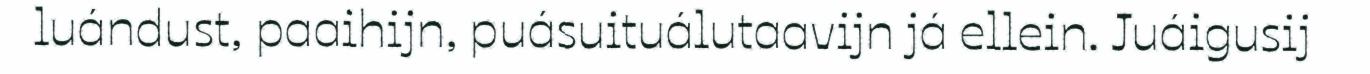
luándust, paaihijn, puásuituálutaavijn já ellein. Juáigusij